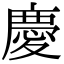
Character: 慶